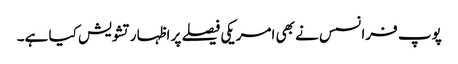
پوپ فرانسس نے بھی امریکی فیصلے پر اظہار تشویش کیا ہے۔